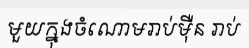
មួយក្នុងចំណោមរាប់ម៉ឺន រាប់